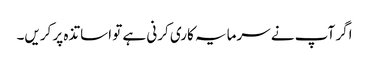
اگر آپ نے سرمایہ کاری کرنی ہے تو اساتذہ پر کریں۔